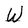
Character: W